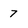
Character: 7